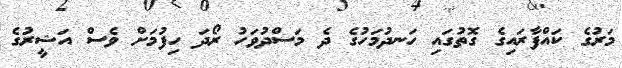
މަރުގެ ކައްފާރައިގެ ގޮތުގައި ހަނދުމަހުގެ ދެ މަސްދުވަހު ރޯދަ ހިފުމަށް ވެސް އަޝީރުގެ